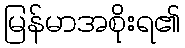
မြန်မာအစိုးရ၏